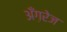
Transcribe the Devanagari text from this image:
अँग़रेज